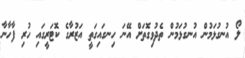
ލޯ އުނގުޅަމުން އުނގުޅަމުން ތެދުވިގޮތަށް އޭނަ ހިނގައިގަތީ އަޒުރާގެ ކޮޓަރީގައި ހުރި ފާހާނާ